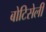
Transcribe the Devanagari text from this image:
बोटिसेली